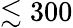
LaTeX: \lesssim 300